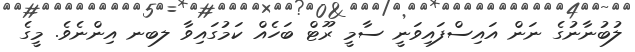
ލުބުނާނުގެ ނަން އައިސްފައިވަނީ ސާމީ ރޫޓް ބަހެއް ކަމުގައިވާ ލބނ އިންނެވެ. މީގެ